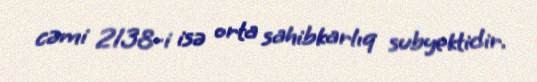
cəmi 2138-i isə orta sahibkarlıq subyektidir.